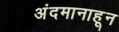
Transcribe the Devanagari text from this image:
अंदमानाहून